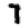
Digit: 7